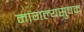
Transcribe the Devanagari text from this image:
मांगल्यसुचक